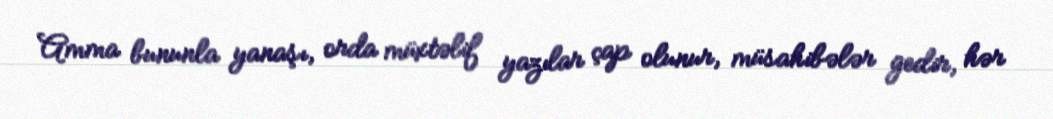
Amma bununla yanaşı, orda müxtəlif yazılar çap olunur, müsahibələr gedir, hər